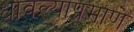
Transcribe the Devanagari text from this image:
धावल्याप्रमाणे